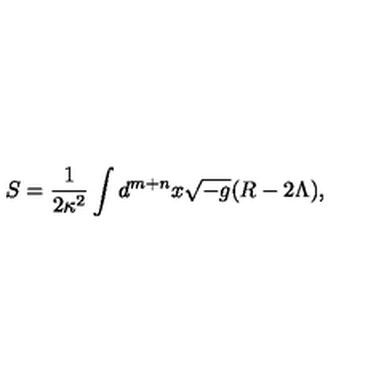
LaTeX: S = \frac { 1 } { 2 \kappa ^ { 2 } } \int d ^ { m + n } x \sqrt { - g } ( R - 2 \Lambda ) ,